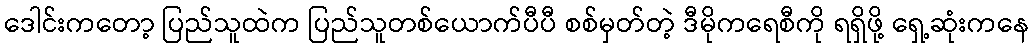
ဒေါင်းကတော့ ပြည်သူထဲက ပြည်သူတစ်ယောက်ပီပီ စစ်မှတ်တဲ့ ဒီမိုကရေစီကို ရရှိဖို့ ရှေ့ဆုံးကနေ